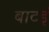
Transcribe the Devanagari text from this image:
बाटइं